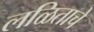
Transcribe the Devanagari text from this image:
लळिताचे